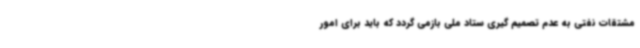
مشتقات نفتی به عدم تصمیم گیری ستاد ملی بازمی گردد که باید برای امور